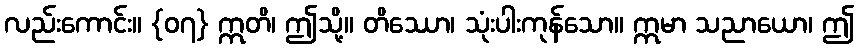
လည်းကောင်း။ {၀၇} ဣတိ၊ ဤသို့။ တိဿော၊ သုံးပါးကုန်သော။ ဣမာ သညာယော၊ ဤ